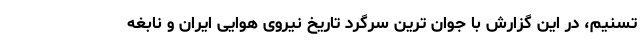
تسنیم، در این گزارش با جوان ترین سرگرد تاریخ نیروی هوایی ایران و نابغه